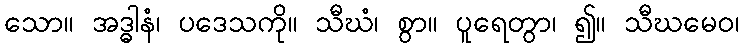
သော။ အဒ္ဓါနံ၊ ပဒေသကို။ သီဃံ၊ စွာ။ ပူရေတွာ၊ ၍။ သီဃမေဝ၊